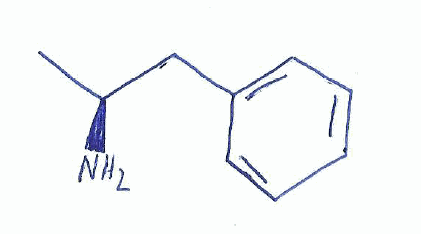
Simplified molecular-input line-entry system (SMILES) notation of the given molecule:
C[C@@H](CC1=CC=CC=C1)N